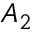
A _ { 2 }